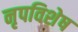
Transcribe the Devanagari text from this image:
नृपविशेष